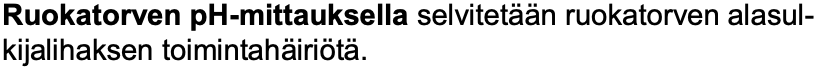
Ruokatorven pH-mittauksellaselvitetään ruokatorven alasul- kijalihaksen toimintahäiriötä.